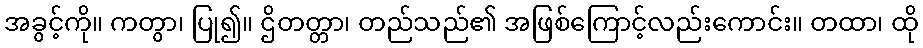
အခွင့်ကို။ ကတွာ၊ ပြု၍။ ဌိတတ္တာ၊ တည်သည်၏ အဖြစ်ကြောင့်လည်းကောင်း။ တထာ၊ ထို